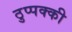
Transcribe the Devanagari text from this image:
ठुप्पक्की